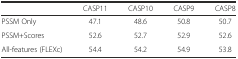
|  | CASP11 | CASP10 | CASP9 | CASP8 |
 | --- | --- | --- | --- | --- |
 | PSSM Only | 47.1 | 48.6 | 50.8 | 50.7 |
 | PSSM+Scores | 52.6 | 52.7 | 52.9 | 52.6 |
 | All-features (FLEXc) | 54.4 | 54.2 | 54.9 | 53.8 |